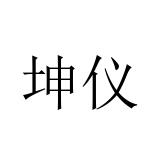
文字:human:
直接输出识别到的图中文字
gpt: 坤仪